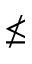
\nleq